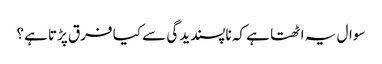
سوال یہ اٹھتا ہے کہ ناپسندیدگی سے کیا فرق پڑتا ہے؟